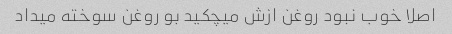
اصلا خوب نبود روغن ازش میچکید بو‌ روغن سوخته میداد